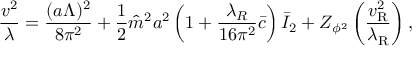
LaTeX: \frac { v ^ { 2 } } { \lambda } = \frac { ( a \Lambda ) ^ { 2 } } { 8 \pi ^ { 2 } } + \frac { 1 } { 2 } \hat { m } ^ { 2 } a ^ { 2 } \left( 1 + \frac { \lambda _ { R } } { 1 6 \pi ^ { 2 } } \bar { c } \right) \bar { I } _ { 2 } + Z _ { \phi ^ { 2 } } \left( \frac { v _ { \mathrm { R } } ^ { 2 } } { \lambda _ { \mathrm { R } } } \right) ,